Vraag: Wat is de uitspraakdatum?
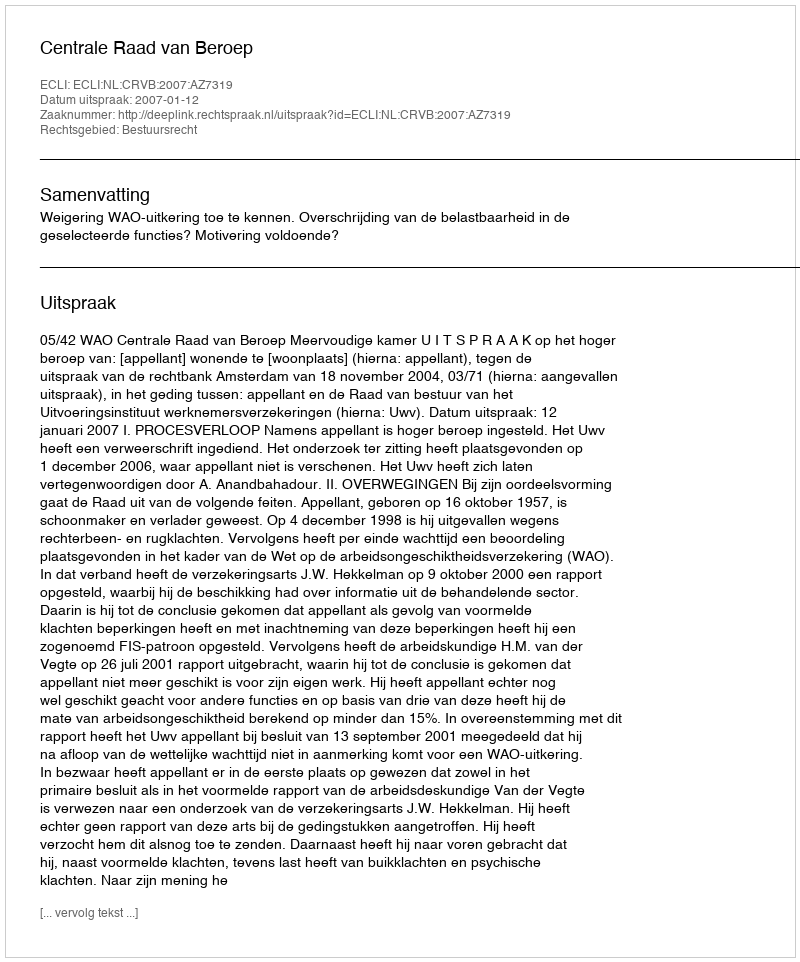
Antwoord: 2007-01-12